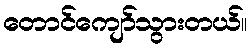
တောင်ကျော်သွားတယ်။